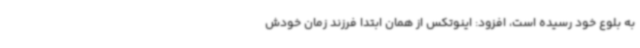
به بلوع خود رسیده است، افزود: اینوتکس از همان ابتدا فرزند زمان خودش